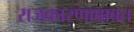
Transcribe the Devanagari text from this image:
राजकारणाबाबत